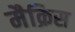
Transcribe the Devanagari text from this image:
मैक्रिस